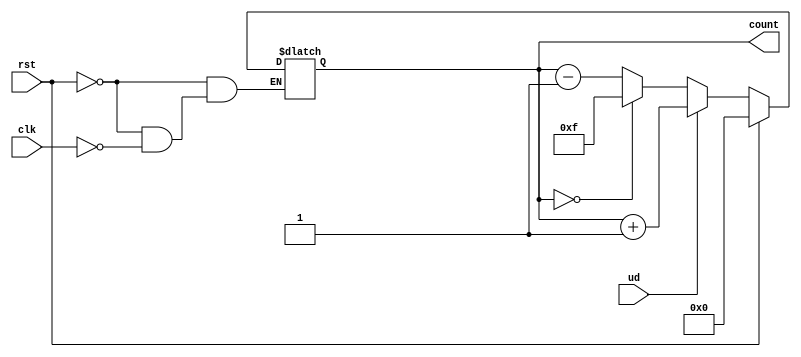
module up_down_counter (
    input wire clk,              // Asynchronous clock input
    input wire ud,               // Up/Down control signal (1 = Up, 0 = Down)
    input wire rst,              // Asynchronous reset
    output reg [3:0] count       // 4-bit counter output
);

always @(*) begin
    if (rst) begin
        count = 4'b0000;        // Reset count to 0
    end else if (clk) begin
        if (ud) begin
            // Count Up
            count = count + 1;
        end else begin
            // Count Down
            // Handle underflow by wrapping around to max value
            if (count == 4'b0000) begin
                count = 4'b1111; // Wrap around to max count
            end else begin
                count = count - 1;
            end
        end
    end
end

endmodule